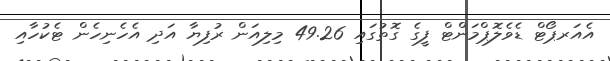
އެއަރޕޯޓް ޑެވެލޮޕްމަންޓް ފީގެ ގޮތުގައި 49.26 މިލިއަން ރުފިޔާ އަދި އެހެނިހެން ޓެކުހާއި